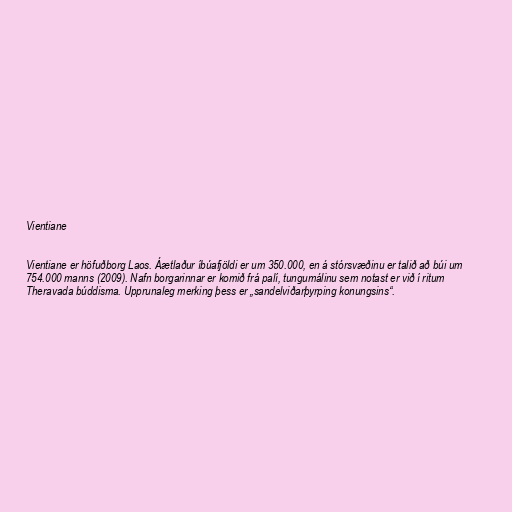
Vientiane

Vientiane er höfuðborg Laos. Áætlaður íbúafjöldi er um 350.000, en á stórsvæðinu er talið að búi um
754.000 manns (2009). Nafn borgarinnar er komið frá palí, tungumálinu sem notast er við í ritum
Theravada búddisma. Upprunaleg merking þess er „sandelviðarþyrping konungsins“.